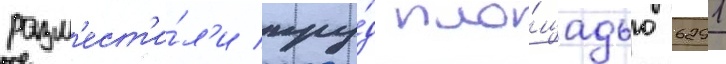
разм'ест'и́л'и пру́д пло́щадью 6291